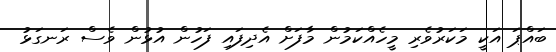
ބައްޕަ އަކީ މަކަރުވެރި މީހެއްކަމުން މާފަށް އެދިފައި ފަހުން އުޅުން ވެސް ރަނގަޅު